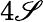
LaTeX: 4\mathscr{S}